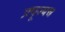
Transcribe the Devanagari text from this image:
प्रपूज्यच